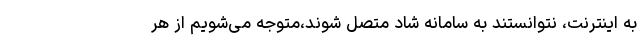
به اینترنت، نتوانستند به سامانه شاد متصل شوند،متوجه می‌شویم از هر